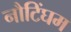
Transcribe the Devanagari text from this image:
नौटिंघम